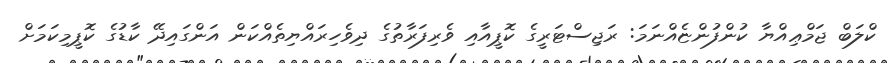
ކްލަބް ޖަމްޢިއްޔާ ކުންފުންޏެއްނަމަ: ރަޖިސްޓަރީގެ ކޮޕީއާއި ވެރިފަރާތުގެ ދިވެހިރައްޔިތެއްކަން އަންގައިދޭ ކާޑުގެ ކޮޕީމިކަމަށް